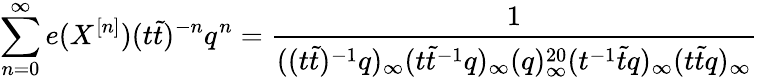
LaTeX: \sum_{n=0}^{\infty}e(X^{[n]})(t\tilde{t})^{-n}q^{n}=\frac{1}{((t\tilde{t})^{-1}q)_{\infty}(t\tilde{t}^{-1}q)_{\infty}(q)_{\infty}^{20}(t^{-1}\tilde{t}q)_{\infty}(t\tilde{t}q)_{\infty}}